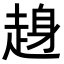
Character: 𧼅